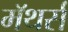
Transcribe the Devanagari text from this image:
मॅथर्स